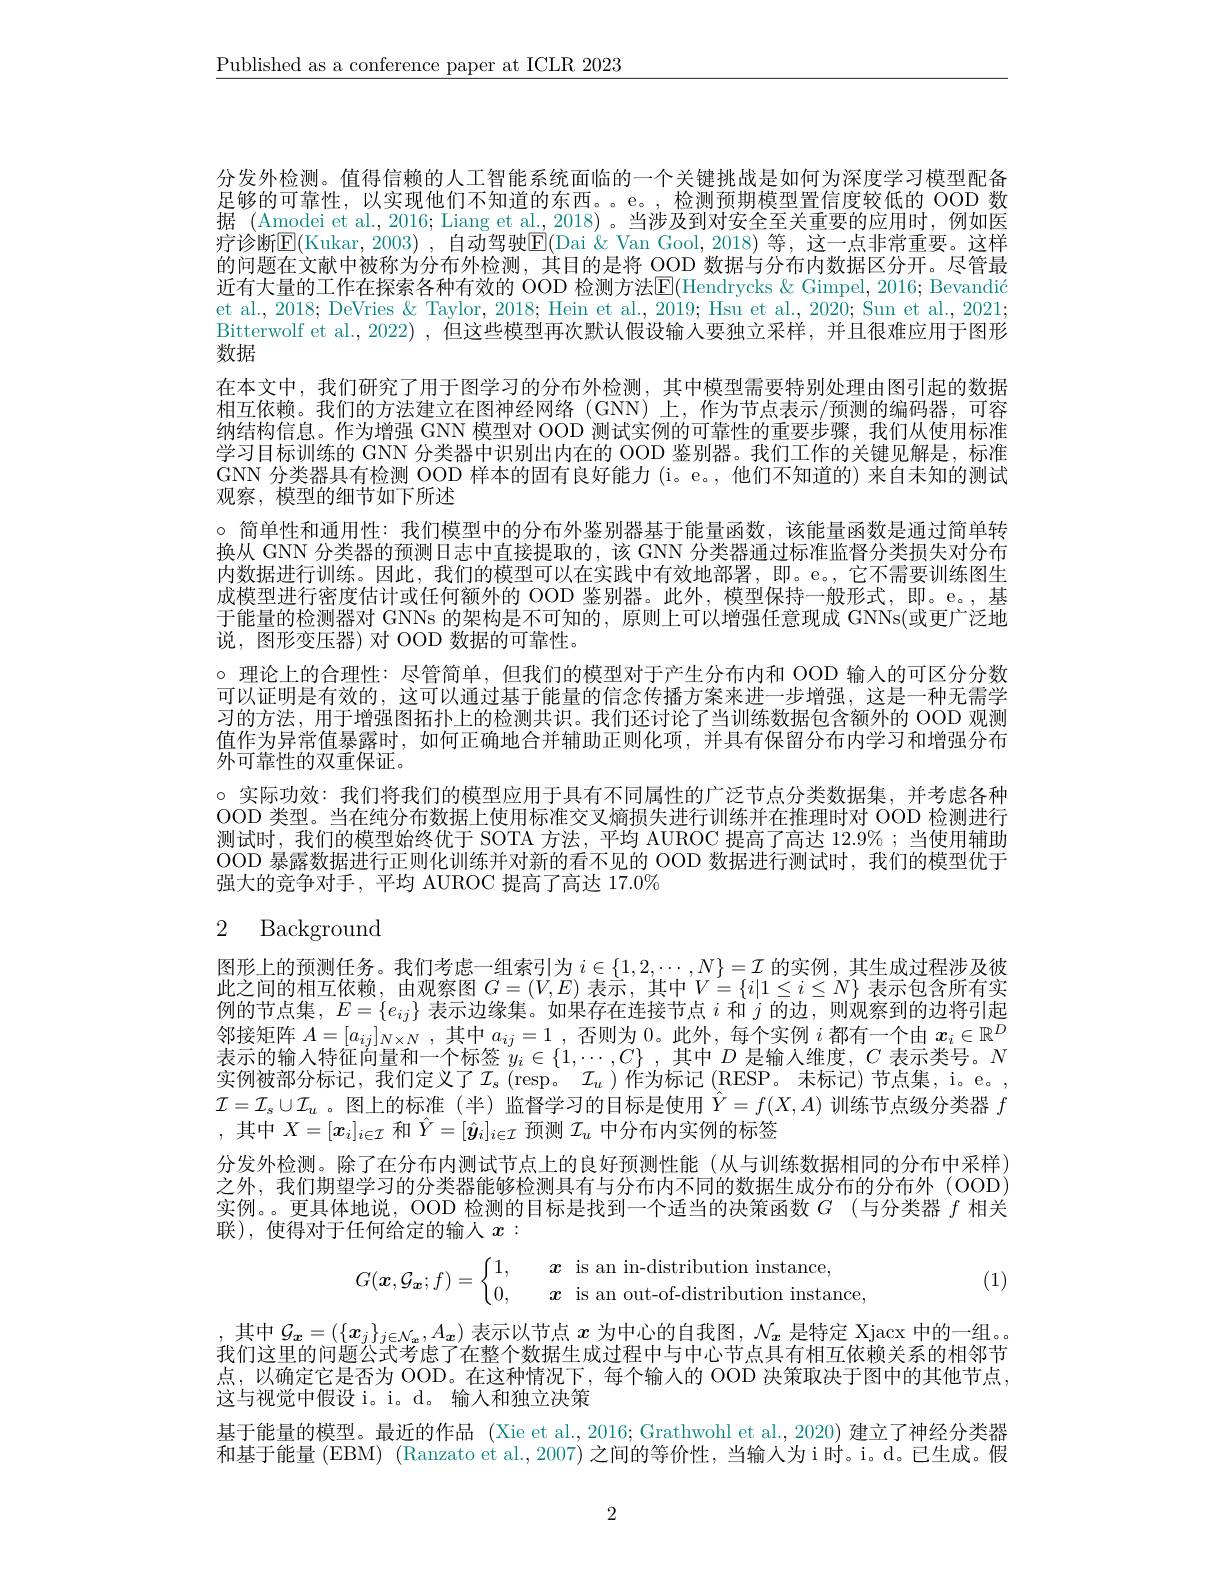
$\underline{\text{Published as a conference paper at ICLR 2023}}$

Bitterwolf et al., 2022) , 但这些模型再次默认假设输人要独立采样，并且很难应用于图形
数据

分发外检测。值得信赖的人工智能系统面临的一个关键挑战是如何为深度学习模型配备足够的可靠性，以实现他们不知道的东西。e。,检测预期模型置信度较低的 OOD 数据 (Amodei et al., 2016; Liang et al., 2018)。当涉及到对安全至关重要的应用时，例如医疗诊断$\mathbb{E}($Kukar, 2003) , 自动驾驶$\mathbb{E}($Dai &Van Gool, 2018)等，这一点非常重要。这样的问题在文献中被称为分布外检测，其目的是将 OOD 数据与分布内数据区分开。尽管最近有大量的工作在探索各种有效的 OOD 检测方法$\overline{\mathrm{E}}($Hendrycks & Gimpel, 2016; Bevandić et al., 2018; DeVries & Taylor, 2018; Hein et al., 2019; Hsu et al., 2020; Sun et al., 2021; 在本文中，我们研究了用于图学习的分布外检测，其中模型需要特别处理由图引起的数据相互依赖。我们的方法建立在图神经网络(GNN)上，作为节点表示/预测的编码器，可容纳结构信息。作为增强 GNN 模型对 OOD 测试实例的可靠性的重要步骤，我们从使用标准学习目标训练的 GNN 分类器中识别出内在的 OOD 鉴别器。我们工作的关键见解是，标准GNN 分类器具有检测 OOD 样本的固有良好能力 (i。e。,他们不知道的) 来自未知的测试观察，模型的细节如下所述
。简单性和通用性：我们模型中的分布外鉴别器基于能量函数，该能量函数是通过简单转换从 GNN 分类器的预测日志中直接提取的，该 GNN 分类器通过标准监督分类损失对分布内数据进行训练。因此，我们的模型可以在实践中有效地部署，即。e。,它不需要训练图生成模型进行密度估计或任何额外的 OOD 鉴别器。此外，模型保持一般形式，即。e。,基于能量的检测器对 GNNs 的架构是不可知的，原则上可以增强任意现成 GNNs(或更广泛地说，图形变压器)对 OOD 数据的可靠性。
。理论上的合理性：尽管简单，但我们的模型对于产生分布内和 OOD 输人的可区分分数可以证明是有效的，这可以通过基于能量的信念传播方案来进一步增强，这是一种无需学习的方法，用于增强图拓扑上的检测共识。我们还讨论了当训练数据包含额外的 OOD 观测值作为异常值暴露时，如何正确地合并辅助正则化项，并具有保留分布内学习和增强分布外可靠性的双重保证。
。实际功效：我们将我们的模型应用于具有不同属性的广泛节点分类数据集，并考虑各种OOD 类型。当在纯分布数据上使用标准交叉熵损失进行训练并在推理时对 OOD 检测进行测试时，我们的模型始终优于 SOTA 方法，平均 AUROC 提高了高达 12.9%; 当使用辅助OOD 暴露数据进行正则化训练并对新的看不见的 OOD 数据进行测试时，我们的模型优于强大的竞争对手，平均 AUROC 提高了高达 17.0%

# 2 Background

图形上的预测任务。我们考虑一组索引为$i\in\{1,2,\cdots,N\}=\mathcal{I}$的实例，其生成过程涉及彼此之间的相互依赖，由观察图$G=(V,E)$表示，其中$V=\{i|1\leq i\leq N\}$表示包含所有实例的节点集，$E=\{e_ij\}$表示边缘集。如果存在连接节点$i$和$j$的边，则观察到的边将引起邻 接 矩 阵 $A= [ a_{ij}] _{N\times N}$ ,其 中 $a_{ij}= 1$ , 否 则 为 0。此 外 , 每 个 实 例 $i$ 都 有 一 个 由 $x_i\in \mathbb{R} ^D$ 十 二 的 价 1中 行 与 目 在 $\text{人 士 }^{- \infty }t\:^{- \infty }t^{- \infty }- t^{- \infty }t^{- \infty }- t^{- \infty }t^{- \infty }$, 否 则 为 0。此 外 , 每 个 实 例 $i$ 都 有 一 个 由 $x_i\in \mathbb{R} ^D$ 表示的输入特征向量和一个标签$y_i\in\{1,\cdots,C\}$ ,其中$D$是输人维度，$C$表示类号。$N$ 实例被部分标记，我们定义了$\mathcal{I} _s$ ( resp。$\mathcal{I} _u$)作为标记(RESP。未标记)节点集，i。e。, $\mathcal{I}=\mathcal{I}_s\cup\mathcal{I}_u$ 。图上的标准(半)监督学习的目标是使用$\hat{Y}=f(X,A)$训练节点级分类器$f$ ,其中$X=[\boldsymbol{x}_i]_{i\in\mathcal{I}}$和$\hat{Y}=[\hat{\boldsymbol{y}}_i]_{i\in\mathcal{I}}$预测$\mathcal{I}_u$中分布内实例的标签
分发外检测。除了在分布内测试节点上的良好预测性能(从与训练数据相同的分布中采样) 之外，我们期望学习的分类器能够检测具有与分布内不同的数据生成分布的分布外 (OOD) 实例。。更具体地说，OOD 检测的目标是找到一个适当的决策函数$G$ (与分类器$f$相关联),使得对于任何给定的输入$x:$

(1)
$$G(\boldsymbol{x},\mathcal{G}_{\boldsymbol{x}};f)=\begin{cases}1,&\quad\boldsymbol{x}\quad\text{is an in-distribution instance,}\\0,&\quad\boldsymbol{x}\quad\text{is an out-of-distribution instance}\end{cases}$$
,其中$\mathcal{G}_x=(\{\boldsymbol{x}_j\}_{j\in\mathcal{N}_x},A_{\boldsymbol{x}})$ 表示以节点 $x$ 为 中 心 的 自 我 图 , $\mathcal{N} _x$ 是特定 Xjacx 中的一组。。我们这里的问题公式考虑了在整个数据生成过程中与中心节点具有相互依赖关系的相邻节点，以确定它是否为 OOD。在这种情况下，每个输人的 OOD 决策取决于图中的其他节点， 这与视觉中假设 i。i。d。输入和独立决策
基于能量的模型。最近的作品 (Xie et al.,2016; Grathwohl et al.,2020) 建立了神经分类器和基于能量 (EBM) (Ranzato et al.,2007) 之间的等价性，当输人为i时。i。d。已生成。假

2